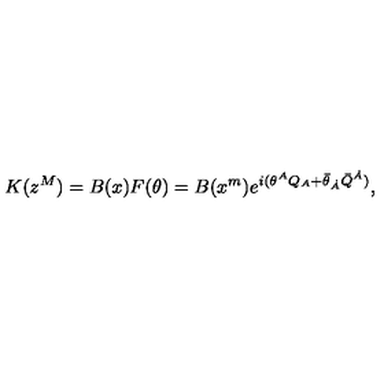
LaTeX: K ( z ^ { M } ) = B ( x ) F ( \theta ) = B ( x ^ { m } ) e ^ { i ( \theta ^ { A } Q _ { A } + \bar { \theta } _ { \dot { A } } \bar { Q } ^ { \dot { A } } ) } ,